Vaccination in Bombay 1863-1868 - 1863-1868
Year: 1863
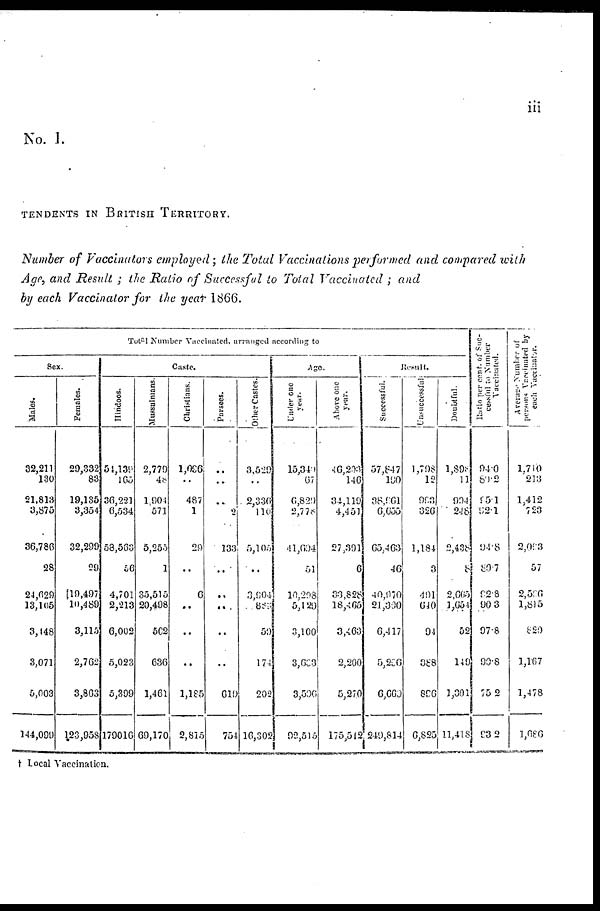
iii
No. I.
TENDENTS IN BRITISH TERRITORY.
Number of Vaccinators employed ; the Total Vaccinations performed and compared with
Age, and Result ; the Ratio of Successful to Total Vaccinated ; and
by each Vaccinator for the year 1866.
Total Number Vaccinated, arranged according to
Sex.
Males.
32,211
130
21,813
3,875
36,786
28
24,629
13,105
3,448
3,071
5,003
144,099
Females.
29,332
83
19,135
3,354
32,299
29
19,497
10,489
3,115
2,762
3,863
123,958
Caste.
Hindoos.
54,139
165
36,221
6,534
58,569
56
4,701
2,213
6,002
5,023
5,399
179016
Mussulmans.
2,779
48
1,004
571
5,255
1
35,515
20,498
502
636
1,461
69,170
Christians.
1,096
..
487
1
29
..
6
..
..
..
1,185
2,815
Parsees.
..
..
..
2
133
..
..
..
..
..
619
754
Other Castes.
3,529
..
2,336
110
5,105
..
3,904
883
59
174
202
16,302
Age.
Under one
year.
15,340
67
6,820
2,776
41,694
51
10.293
5,129
3,100
3,633
3,506
92,515
Above one
year.
46,203
146
34,119
4,451
27,391
6
33,828
16,465
3,463
2,200
5,270
175,542
Result.
Successful.
57,847
190
38,961
6,655
65,463
46
40,970
21,300
6,417
5,296
6,669
249,814
Unsuccessful
1,708
12
993
326
1,184
3
491
640
94
388
896
6,825
Doubtful.
1,898
11
994
248
2,438
8
2,665
1,654
52
140
1,301
11,418
Ratio per cent. of Suc¬
cessful to Number
Vaccinated.
94.0
80.2
95.1
92.1
94.8
80.7
92.8
90.3
97.8
90.8
75.2
93.2
Average Number of
persons Vaccinated by
each Vaccinator.
1,710
213
1,412
723
2,093
57
2,596
1,815
820
1,167
1,478
1,686
† Local Vaccination.